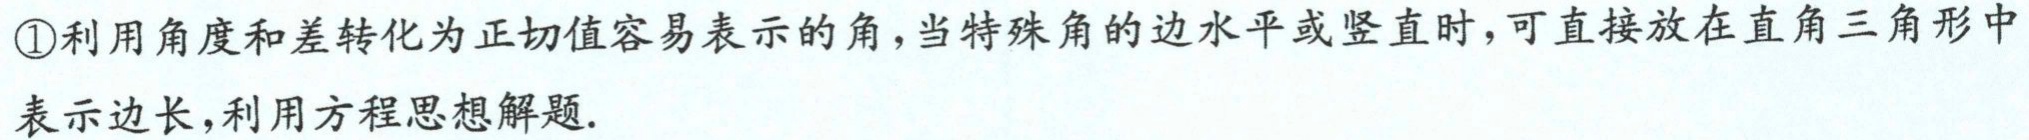
\textcircled{1}利用角度和差转化为正切值容易表示的角，当特殊角的边水平或竖直时，可直接放在直角三角形中表示边长，利用方程思想解题.